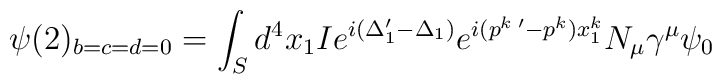
\psi(2)_{b=c=d=0} = \int_{S} d^4 x_{1}I e^{ i (\Delta_{1}^{\prime}- \Delta_{1})} e^{i (p^{k \; \prime} - p^{k})x_{1}^{k}} N_{\mu} \gamma^{\mu} \psi_{0}